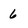
Character: 6